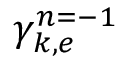
\gamma _ { k , e } ^ { n = - 1 }